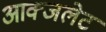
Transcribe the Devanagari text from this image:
आक्जलेट